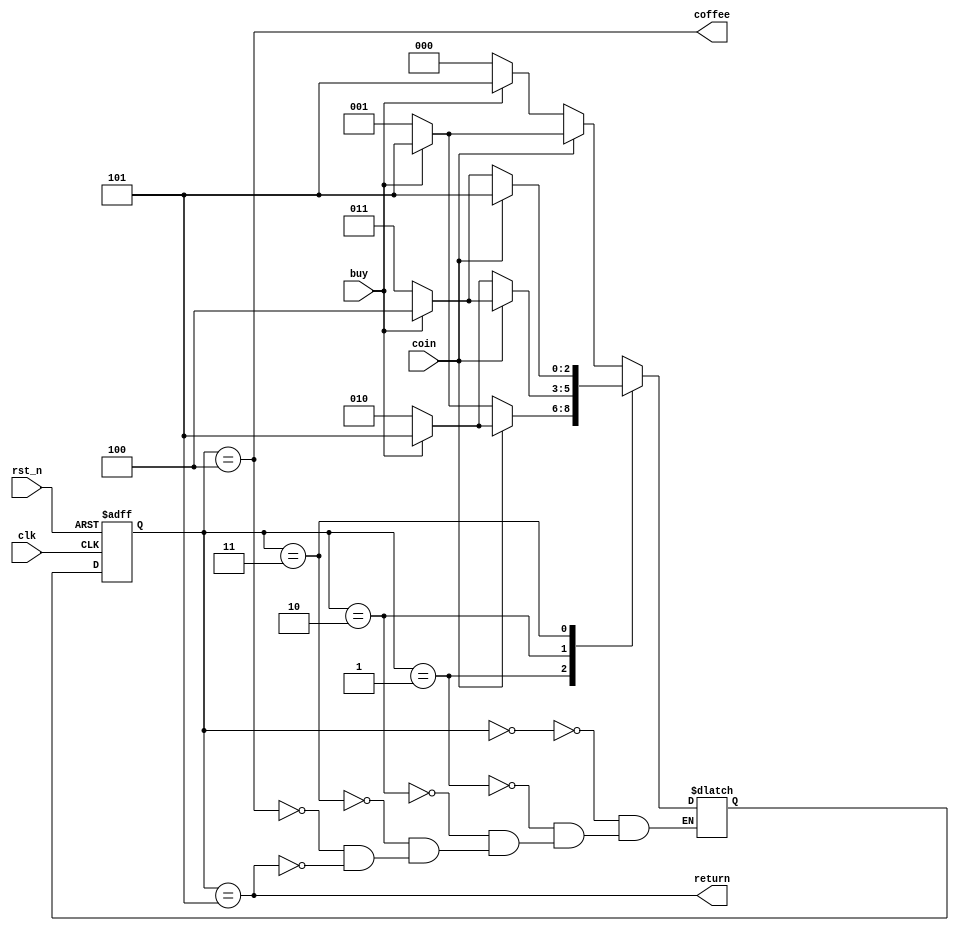
`timescale 1ns / 1ps
//////////////////////////////////////////////////////////////////////////////////
// Company: 
// Engineer: 
// 
// Design Name: 
// Module Name: machine
// Project Name: 
// Target Devices: 
// Tool Versions: 
// Description: 
// 
// Dependencies: 
// 
// Revision:
// Revision 0.01 - File Created
// Additional Comments:
// 
//////////////////////////////////////////////////////////////////////////////////


module machine(clk, rst_n, coin, buy, coffee, return);

input clk, rst_n, coin, buy;
output coffee, return;

localparam ZERO    = 3'b000, //   
           ONE     = 3'b001, // 100
           TWO     = 3'b010, // 200
           THREE   = 3'b011, // 300
           COFFEE  = 3'b100, // coffe 
           RETURN  = 3'b101; //  
           
reg[2:0] present_state, next_state;

always @(posedge clk or negedge rst_n) begin
    if(!rst_n) present_state <= ZERO;
    else       present_state <= next_state;
end

always @(*) begin
    case(present_state)
        ZERO:
            if(coin) begin
                if(buy) next_state <= RETURN;
                else next_state <= ONE;
            end
            else begin
                if(buy) next_state <= RETURN;
                else next_state <= ZERO;
            end
        ONE:
            if(coin) begin
                if(buy) next_state <= RETURN;
                else next_state <= TWO;
            end
            else begin
                if(buy) next_state <= RETURN;
                else next_state <= ONE;
            end
        TWO:
            if(coin) begin
                if(buy) next_state <= COFFEE;
                else next_state <= THREE;
            end
            else begin
                if(buy) next_state <= RETURN;
                else next_state <= TWO;
            end
        THREE:
            if(coin) next_state <= RETURN;
            else begin
                if(buy) next_state <= COFFEE;
                else next_state <= THREE;
            end
        COFFEE:
            if(coin) begin
                if(buy) next_state <= RETURN;
                else next_state <= ONE;
            end
            else begin
                if(buy) next_state <= RETURN;
                else next_state <= ZERO;
            end
        RETURN:
            if(coin) begin
                if(buy) next_state <= RETURN;
                else next_state <= ONE;
            end
            else begin
                if(buy) next_state <= RETURN;
                else next_state <= ZERO;
            end
      endcase
end


assign coffee = (present_state == COFFEE);
assign return = (present_state == RETURN);

endmodule